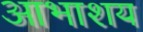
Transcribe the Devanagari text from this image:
आभाशय